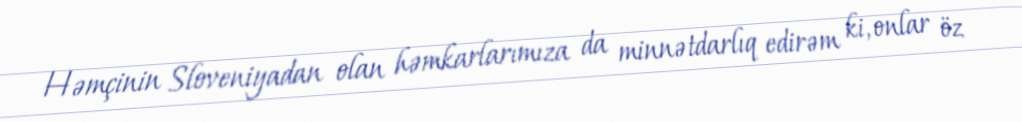
Həmçinin Sloveniyadan olan həmkarlarımıza da minnətdarlıq edirəm ki, onlar öz